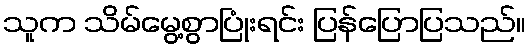
သူက သိမ်မွေ့စွာပြုံးရင်း ပြန်ပြောပြသည်။